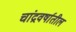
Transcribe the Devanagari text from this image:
चांद्रवर्षातील